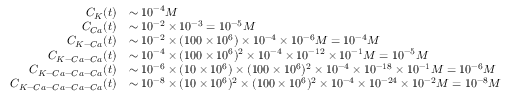
\begin{array} { r l } { C _ { K } ( t ) } & { \sim 1 0 ^ { - 4 } M } \\ { C _ { C a } ( t ) } & { \sim 1 0 ^ { - 2 } \times 1 0 ^ { - 3 } = 1 0 ^ { - 5 } M } \\ { C _ { K - C a } ( t ) } & { \sim 1 0 ^ { - 2 } \times ( 1 0 0 \times 1 0 ^ { 6 } ) \times 1 0 ^ { - 4 } \times 1 0 ^ { - 6 } M = 1 0 ^ { - 4 } M } \\ { C _ { K - C a - C a } ( t ) } & { \sim 1 0 ^ { - 4 } \times ( 1 0 0 \times 1 0 ^ { 6 } ) ^ { 2 } \times 1 0 ^ { - 4 } \times 1 0 ^ { - 1 2 } \times 1 0 ^ { - 1 } M = 1 0 ^ { - 5 } M } \\ { C _ { K - C a - C a - C a } ( t ) } & { \sim 1 0 ^ { - 6 } \times ( 1 0 \times 1 0 ^ { 6 } ) \times ( 1 0 0 \times 1 0 ^ { 6 } ) ^ { 2 } \times 1 0 ^ { - 4 } \times 1 0 ^ { - 1 8 } \times 1 0 ^ { - 1 } M = 1 0 ^ { - 6 } M } \\ { C _ { K - C a - C a - C a - C a } ( t ) } & { \sim 1 0 ^ { - 8 } \times ( 1 0 \times 1 0 ^ { 6 } ) ^ { 2 } \times ( 1 0 0 \times 1 0 ^ { 6 } ) ^ { 2 } \times 1 0 ^ { - 4 } \times 1 0 ^ { - 2 4 } \times 1 0 ^ { - 2 } M = 1 0 ^ { - 8 } M } \end{array}